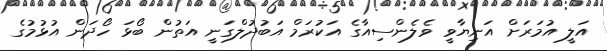
އަލީ އުމަރަށް އަނިޔާވީ ވެލެންސިއާގެ އަކުރަމް އަބުދުލްގަނީ އަތުން ބޯޅަ ހޯދަން އުޅުމުގެ